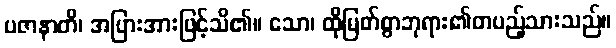
ပဇာနာတိ၊ အပြားအားဖြင့်သိ၏။ သော၊ ထိုမြတ်စွာဘုရား၏တပည့်သားသည်။